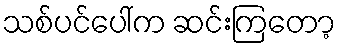
သစ်ပင်ပေါ်က ဆင်းကြတော့